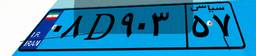
۰۰D۷۹۰۴۹